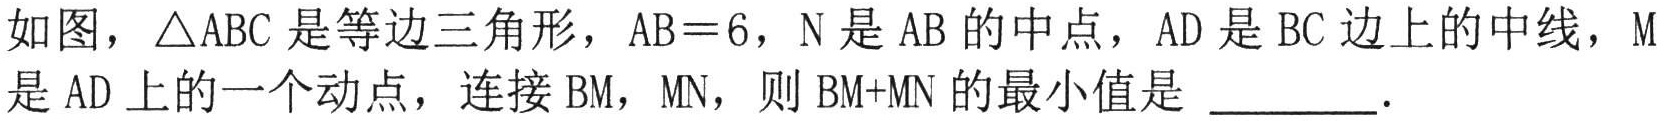
如图，\(\triangle ABC\)是等边三角形，\(AB = 6\)，\(N\)是\(AB\)的中点，\(AD\)是\(BC\)边上的中线，\(M\)是\(AD\)上的一个动点，连接\(BM\)，\(MN\)，则\(BM + MN\)的最小值是 \(\underline{\quad\quad}\)．